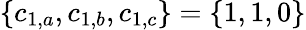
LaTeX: \{ c_{1,a},c_{1,b},c_{1,c}\} =\{ 1,1,0\}